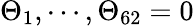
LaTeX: \Theta_{1},\cdots,\Theta_{62}=0